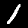
Label: 1